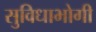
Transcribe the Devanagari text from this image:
सुविधाभोगी